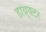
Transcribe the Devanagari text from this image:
डाय्र्क्टर